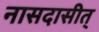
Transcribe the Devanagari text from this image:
नासदासीत्